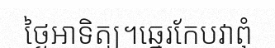
ថ្ងៃអាទិត្យ។ឆ្នេរកែបវាពុំ